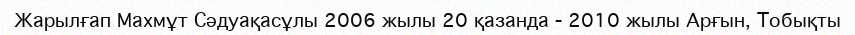
Жарылғап Махмұт Сәдуақасұлы 2006 жылы 20 қазанда - 2010 жылы Арғын, Тобықты